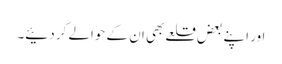
اور اپنے بعض قلعے بھی ان کے حوالے کر دئیے۔